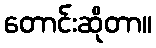
တောင်းဆိုတာ။